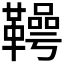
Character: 𮧪